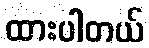
ထားပါတယ်